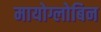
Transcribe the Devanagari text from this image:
मायोग्लोबिन